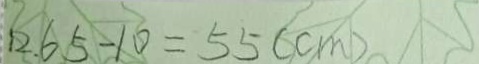
2 . 6 5 - 1 0 = 5 5 ( c m )